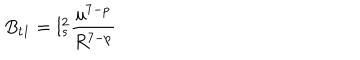
LaTeX: B _ { t 1 } = l _ { s } ^ { 2 } \frac { u ^ { 7 - p } } { R ^ { 7 - p } }